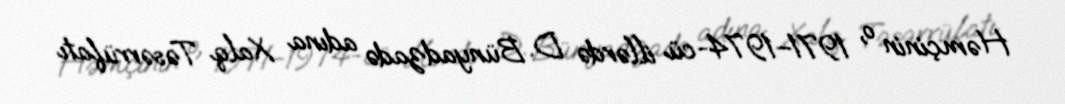
Həmçinin o, 1971–1974-cü illərdə D. Bünyadzadə adına Xalq Təsərrüfatı